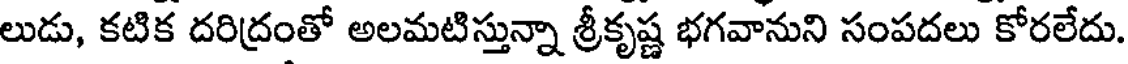
లుడు, కటిక దరిద్రంతో అలమటిస్తున్నా శ్రీకృష్ణ భగవానుని సంపదలు కోరలేదు.